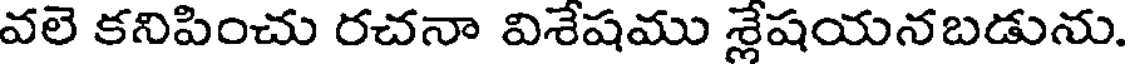
వలె కనిపించు రచనా విశేషము శ్లేషయనబడును